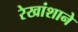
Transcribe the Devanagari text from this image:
रेखांशाने